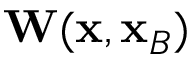
{ \bf W } ( { \bf x } , { \bf x } _ { B } )